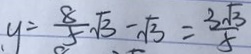
y = \frac { 8 } { 5 } \sqrt { 3 } - \sqrt { 3 } = \frac { 3 \sqrt { 3 } } { 5 }